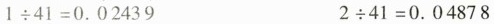
$$1 \div 4 1 = 0 . \dot { 0 } 2 4 3 \dot { 9 }$$ $$2 \div 4 1 = 0 . \dot { 0 } 4 8 7 \dot { 8 }$$